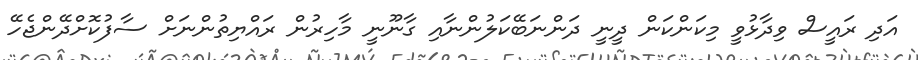
އަދި ރައީސް ވިދާޅުވީ މިކަންކަން ދީނީ ދަންނަބޭކަލުންނާއި ގާނޫނީ މާހިރުން ރައްޔިތުންނަށް ސާފުކޮށްދޭންޖެހޭ